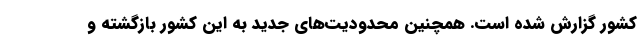
کشور گزارش شده است. همچنین محدودیت‌های جدید به این کشور بازگشته و